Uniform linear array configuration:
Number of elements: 12
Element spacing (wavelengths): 0.5
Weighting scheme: cosine
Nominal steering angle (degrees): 30
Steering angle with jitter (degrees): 29.194
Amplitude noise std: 0.05
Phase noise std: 0.05

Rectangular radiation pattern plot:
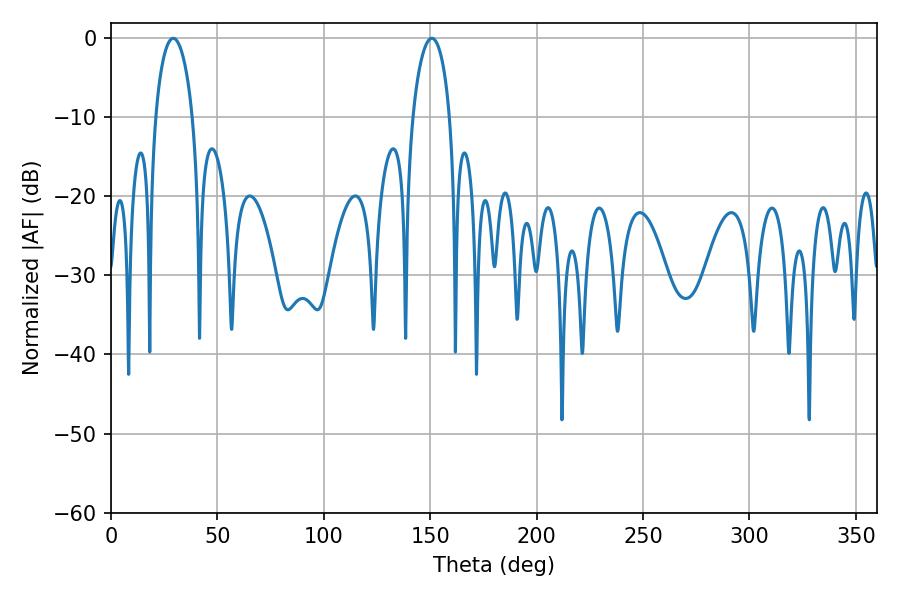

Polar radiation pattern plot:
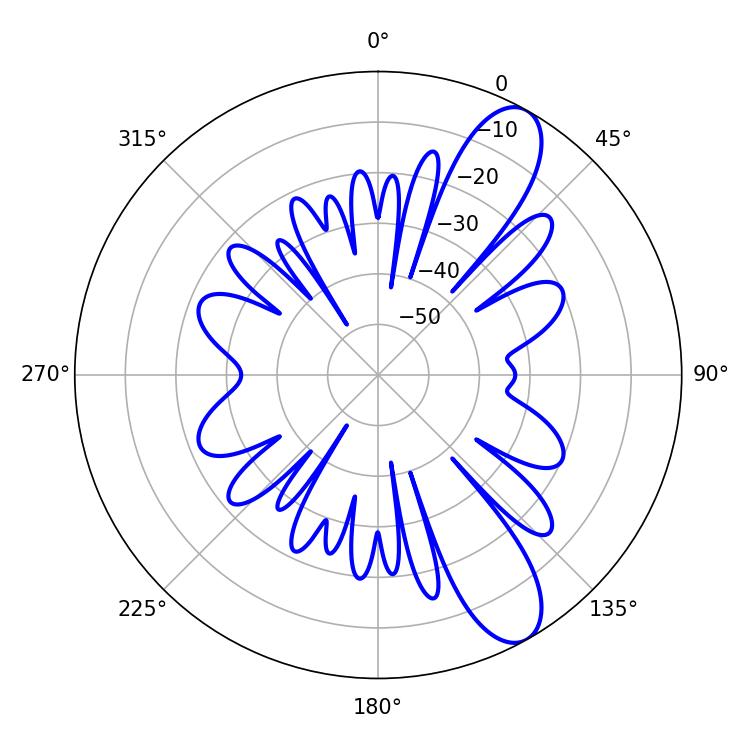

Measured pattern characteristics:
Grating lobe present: FALSE
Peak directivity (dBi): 10.337
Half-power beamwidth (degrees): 10.08
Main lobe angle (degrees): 29.16